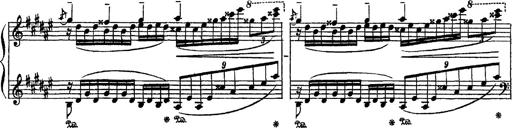
Title: Apparitions
Composer: Franz Liszt